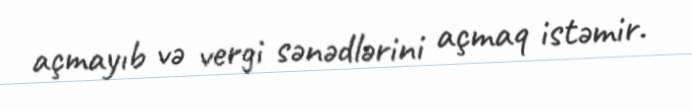
açmayıb və vergi sənədlərini açmaq istəmir.